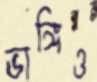
ভাঙ্গিও